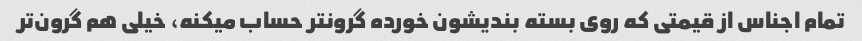
تمام اجناس از قیمتی که روی بسته بندیشون خورده گرونتر حساب میکنه، خیلی هم گرون‌تر